Problem: 9 × 9 = ?
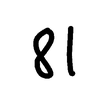
Handwritten answer: 81